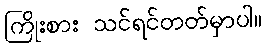
ကြိုးစား သင်ရင်တတ်မှာပါ။